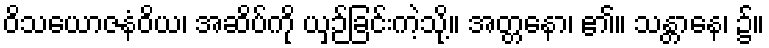
ဝိသယောဇနံဝိယ၊ အဆိပ်ကို ယှဉ်ခြင်းကဲ့သို့။ အတ္တနော၊ ၏။ သန္တာနေ၊ ၌။